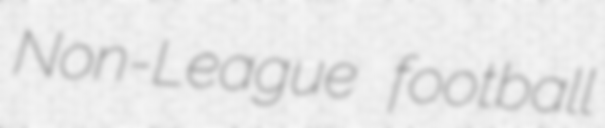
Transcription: Non-League football